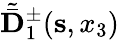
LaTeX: \tilde{\bar{{\mathbf D}}}_{1}^{\pm}({\mathbf s},x_{3})